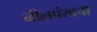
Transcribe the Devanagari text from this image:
नीलपंखचा